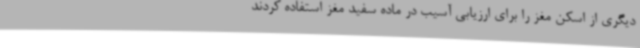
دیگری از اسکن مغز را برای ارزیابی آسیب در ماده سفید مغز استفاده کردند